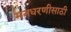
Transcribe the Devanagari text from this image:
मनधरणीसाठी